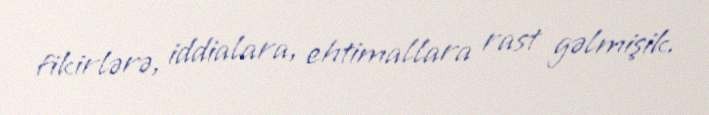
fikirlərə, iddialara, ehtimallara rast gəlmişik.